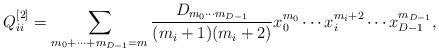
LaTeX: \begin{align*}Q_{ii}^{[2]}=\sum_{m_0+\cdots +m_{{D-1}}=m} {D_{m_0\cdots m_{{D-1}}}\over (m_i+1)(m_i+2)} x_0^{m_0}\cdots x_i^{m_i+2}\cdots x_{{D-1}}^{m_{{D-1}}},\end{align*}